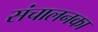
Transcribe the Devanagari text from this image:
संचालनका